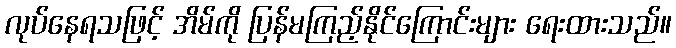
လုပ်နေရသဖြင့် အိမ်ကို ပြန်မကြည့်နိုင်ကြောင်းများ ရေးထားသည်။